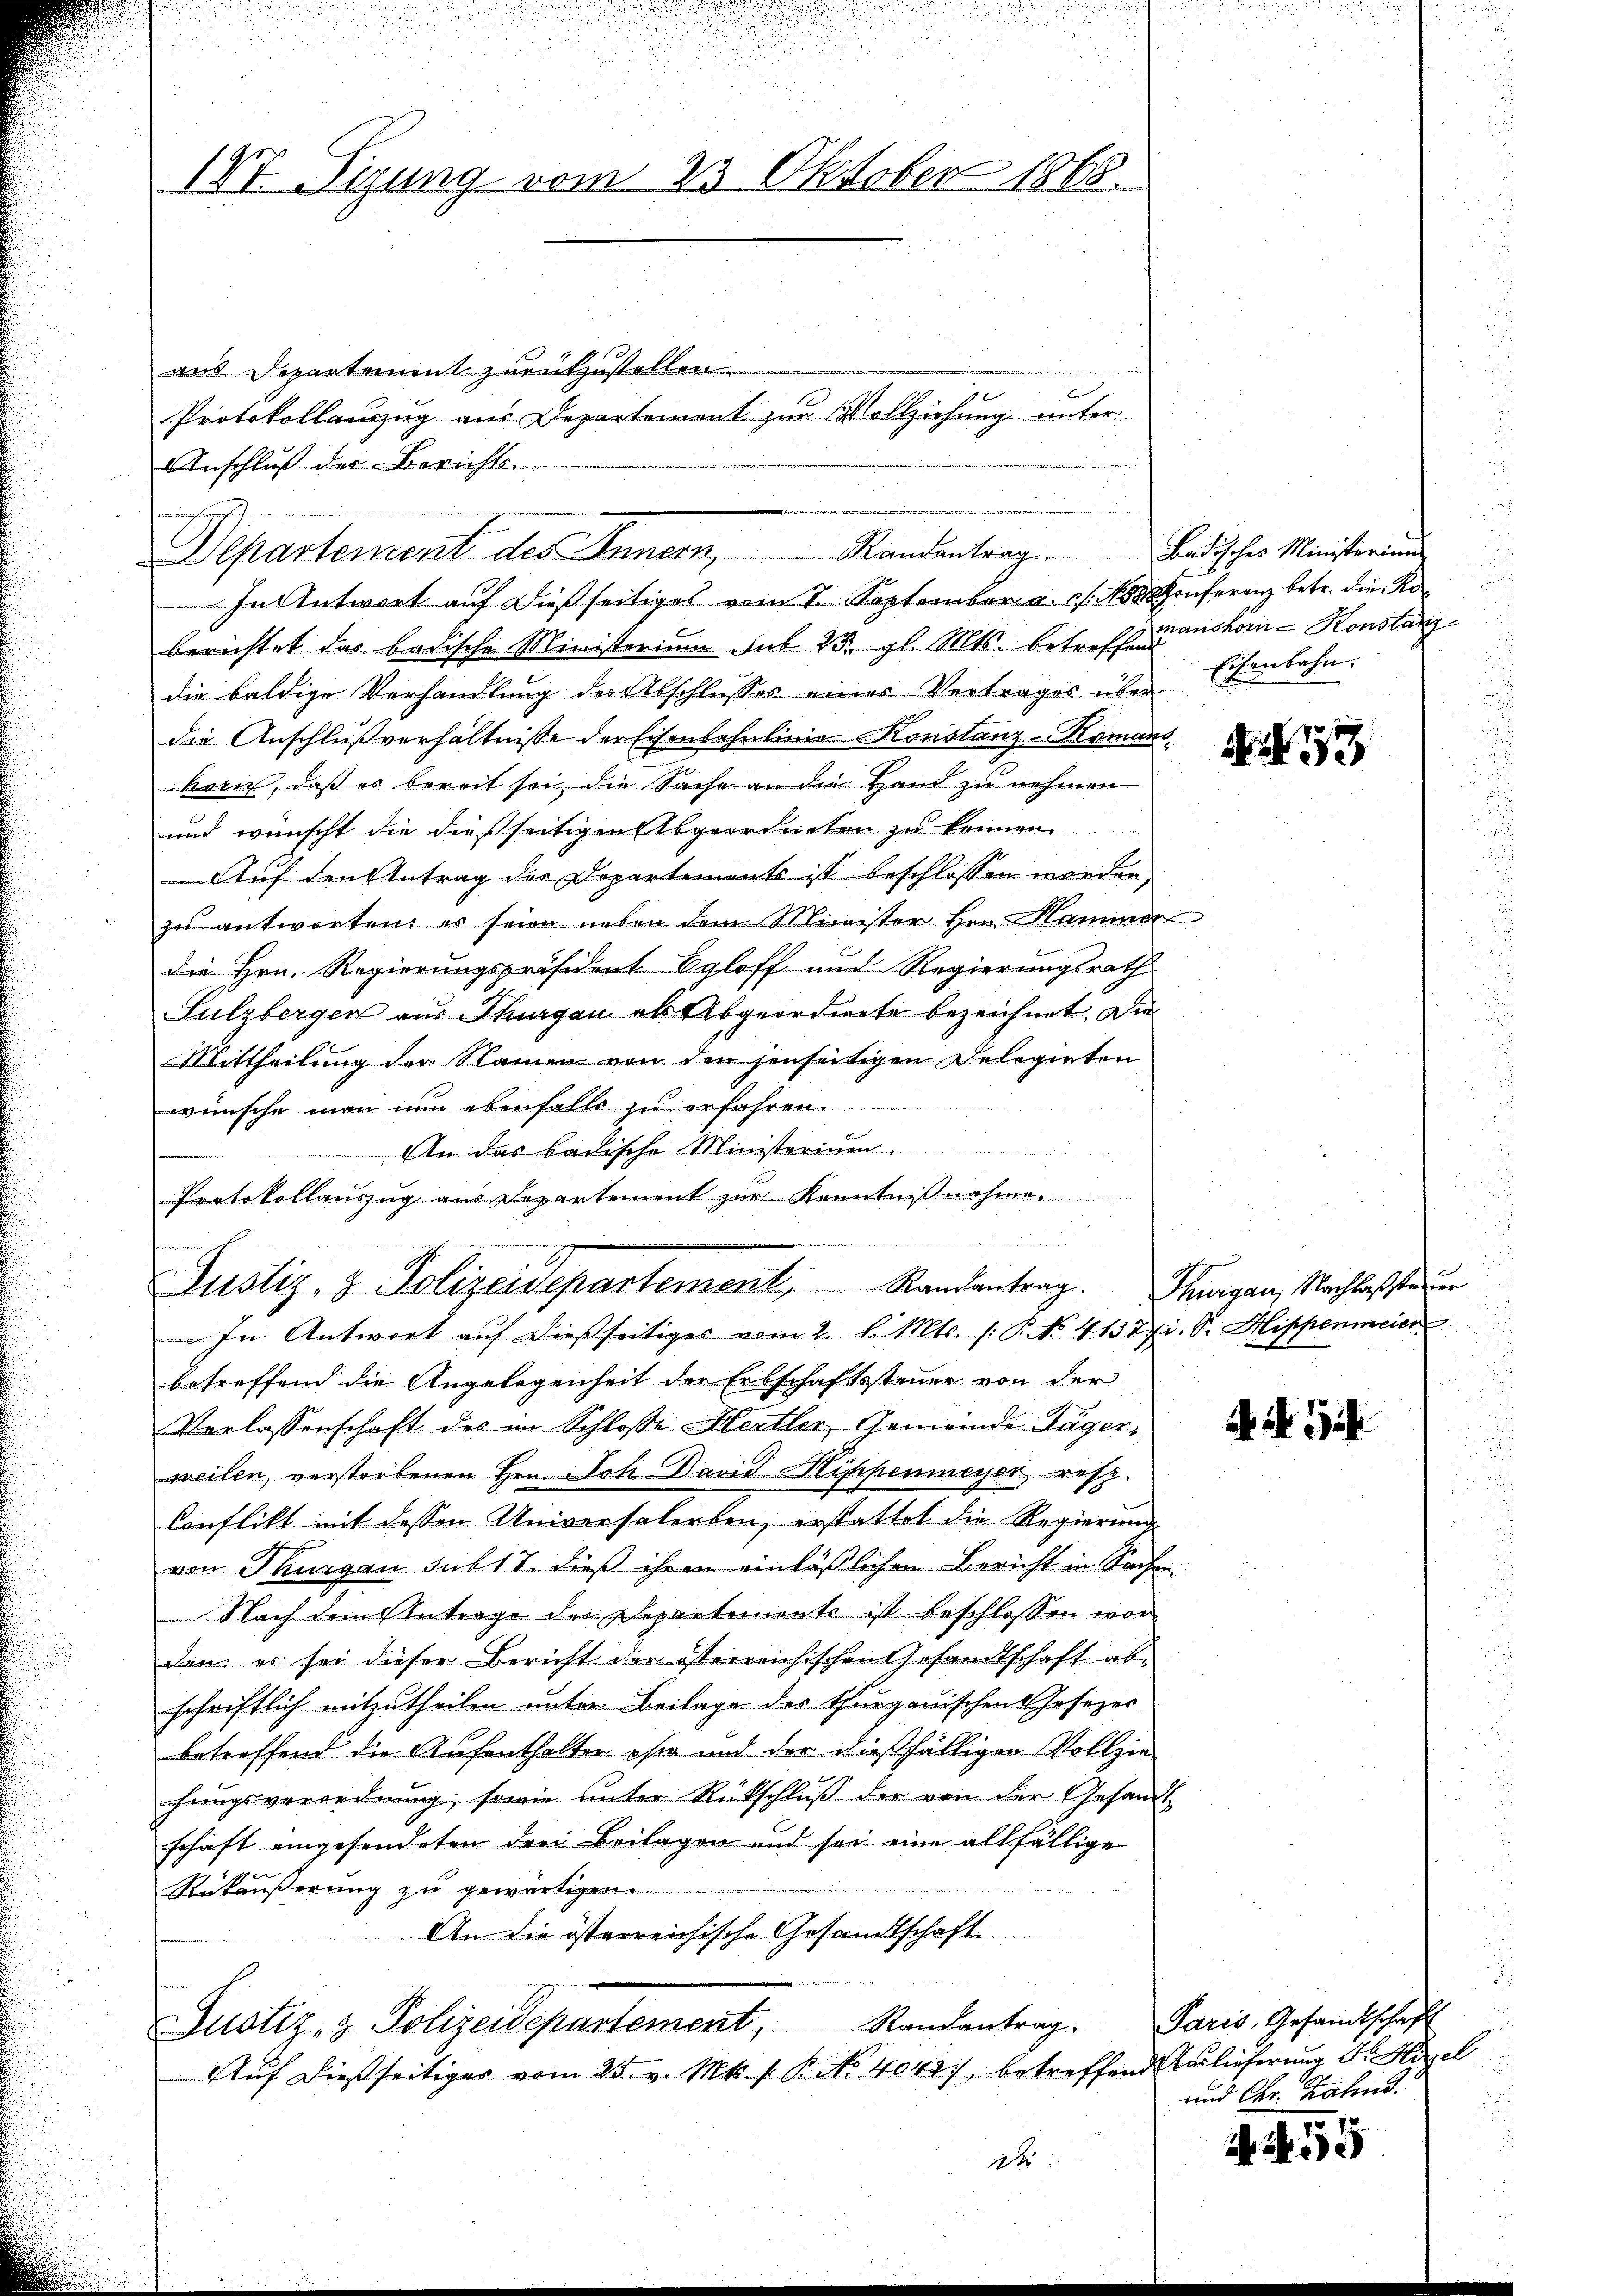
IVI. Sizung vom 23 Oktober 1865.

ans Departement zurükzustellen.
Anschluß der Berichts-
Departement des Innern,
In Antwort auf dießseitiges vom 7. September a. c. 1888 Conferenz betr. die Koberichtet das badische Ministerium sub 23. gl. Mts. betreffen auskom- Konstanzdie baldige Verhandlung der Abschlusses eines Vertrages über
die Anschlußverhältnisse der Eisenbahnlinie Konstanz-Komanskorn, daß es bereit sei, die Sache an die Hand zu nehmen
und wünscht die dießseitigen Abgeordneten zu kennen.
Auf den Antrag der Departements ist beschlossen worden,
zu antworten, es seine neben dem Minister Hrn. Hammer
die Hrn. Regierungspräsident Egloff und Regierungsrath
Sulzbergen aus Thurgau als Abgeordnete bezeichnet. Die
Mittheilung der Namen von den jenseitigen Delegirten
wünsche man nun ebenfalls zu erfahren.
An das badische Ministerium,
Protokollauszug aus Departement zur Kenntnißnahme
n
Justiz- & Polizeidepartement, Randantrag. Thurgau, Nachlassen
In Antwort aŭf dießseitiges vom 2. l. Mts. /: P. No. 41377. Sr. Hippenmeier
betreffend die Angelegenheit der Erbschaftssteuer von der
Verlassenschaft des im Schlosse Hertler, Gemeinde Täger-
weilen, verstorbenen Hrn. Joh. David Hippenmeyer, resp.
Conflikt mit dessen Universalerben, erstattet die Regierung
von Thurgau sub 17. dieß ihren einläßlichen Bericht in Sachen
 Nach dem Antrage des Departemente ist beschlossen worden, er sei dieser Bericht der österreichischen Gesandtschaft abschriftlich mitzutheilen unter Beilage des Thurgauischen Gesezes
betreffend die Aufenthalter ohne und der dießfälligen Vollzie-
hungsverordnung, sowie unter Rückschlŭβ der von der Gesandt-
schaft eingesendeten drei Beilagen und sei eine allfällige
Rükäußerung zu gewärtigen
An die österreichische Gesandtschaft
Justiz- & Polizeidepartement, Randantrag.
Auf dießseitiges vom 25. v. Mts. s. B. No 40487, betreffend Auslieferung Dr. Hirzel
d

Protokollauszug aus Departement zur Vollziehung unter

Randantrag. Badisches Ministerium

Eisenbahn.

Ao 17

Mir i

Paris, Gesandtschaft
und Chr. Habend.

7